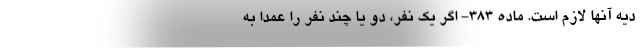
دیه آنها لازم است. ماده ۳۸۳- اگر یک نفر، دو یا چند نفر را عمداً به